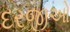
દરજીઓ